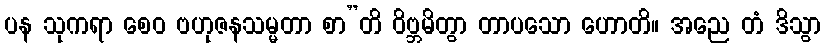
ပန သုကရာ စေဝ ဗဟုဇနသမ္မတာ စာ”တိ ဝိဗ္ဘမိတွာ တာပသော ဟောတိ။ အညေ တံ ဒိသွာ